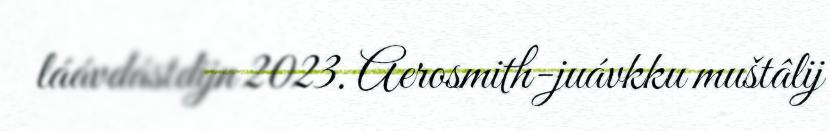
láávdástdijn 2023. Aerosmith-juávkku muštâlij